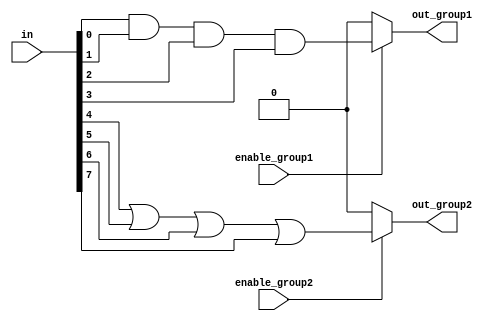
module adjacency_groups (
    input wire [7:0] in,         // 8 input signals grouped as [in[7], in[6], in[5], in[4], in[3], in[2], in[1], in[0]]
    input wire enable_group1,    // Control signal for Group 1
    input wire enable_group2,    // Control signal for Group 2
    output wire out_group1,      // Output for Group 1
    output wire out_group2       // Output for Group 2
);

// Group 1: Process inputs in[3:0] (adjacent inputs)
wire group1_input1 = in[0]; // Input 1 for Group 1
wire group1_input2 = in[1]; // Input 2 for Group 1
wire group1_input3 = in[2]; // Input 3 for Group 1
wire group1_input4 = in[3]; // Input 4 for Group 1

// Logic for Group 1 (AND operation as an example)
assign out_group1 = enable_group1 ? (group1_input1 & group1_input2 & group1_input3 & group1_input4) : 1'b0;

// Group 2: Process inputs in[7:4] (adjacent inputs)
wire group2_input1 = in[4]; // Input 1 for Group 2
wire group2_input2 = in[5]; // Input 2 for Group 2
wire group2_input3 = in[6]; // Input 3 for Group 2
wire group2_input4 = in[7]; // Input 4 for Group 2

// Logic for Group 2 (OR operation as an example)
assign out_group2 = enable_group2 ? (group2_input1 | group2_input2 | group2_input3 | group2_input4) : 1'b0;

endmodule